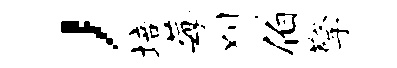
，培莓刈伯擎